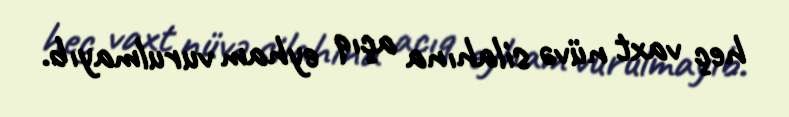
heç vaxt nüvə silahına açıq eyham vurulmayıb.